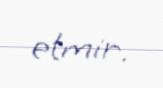
etmir.